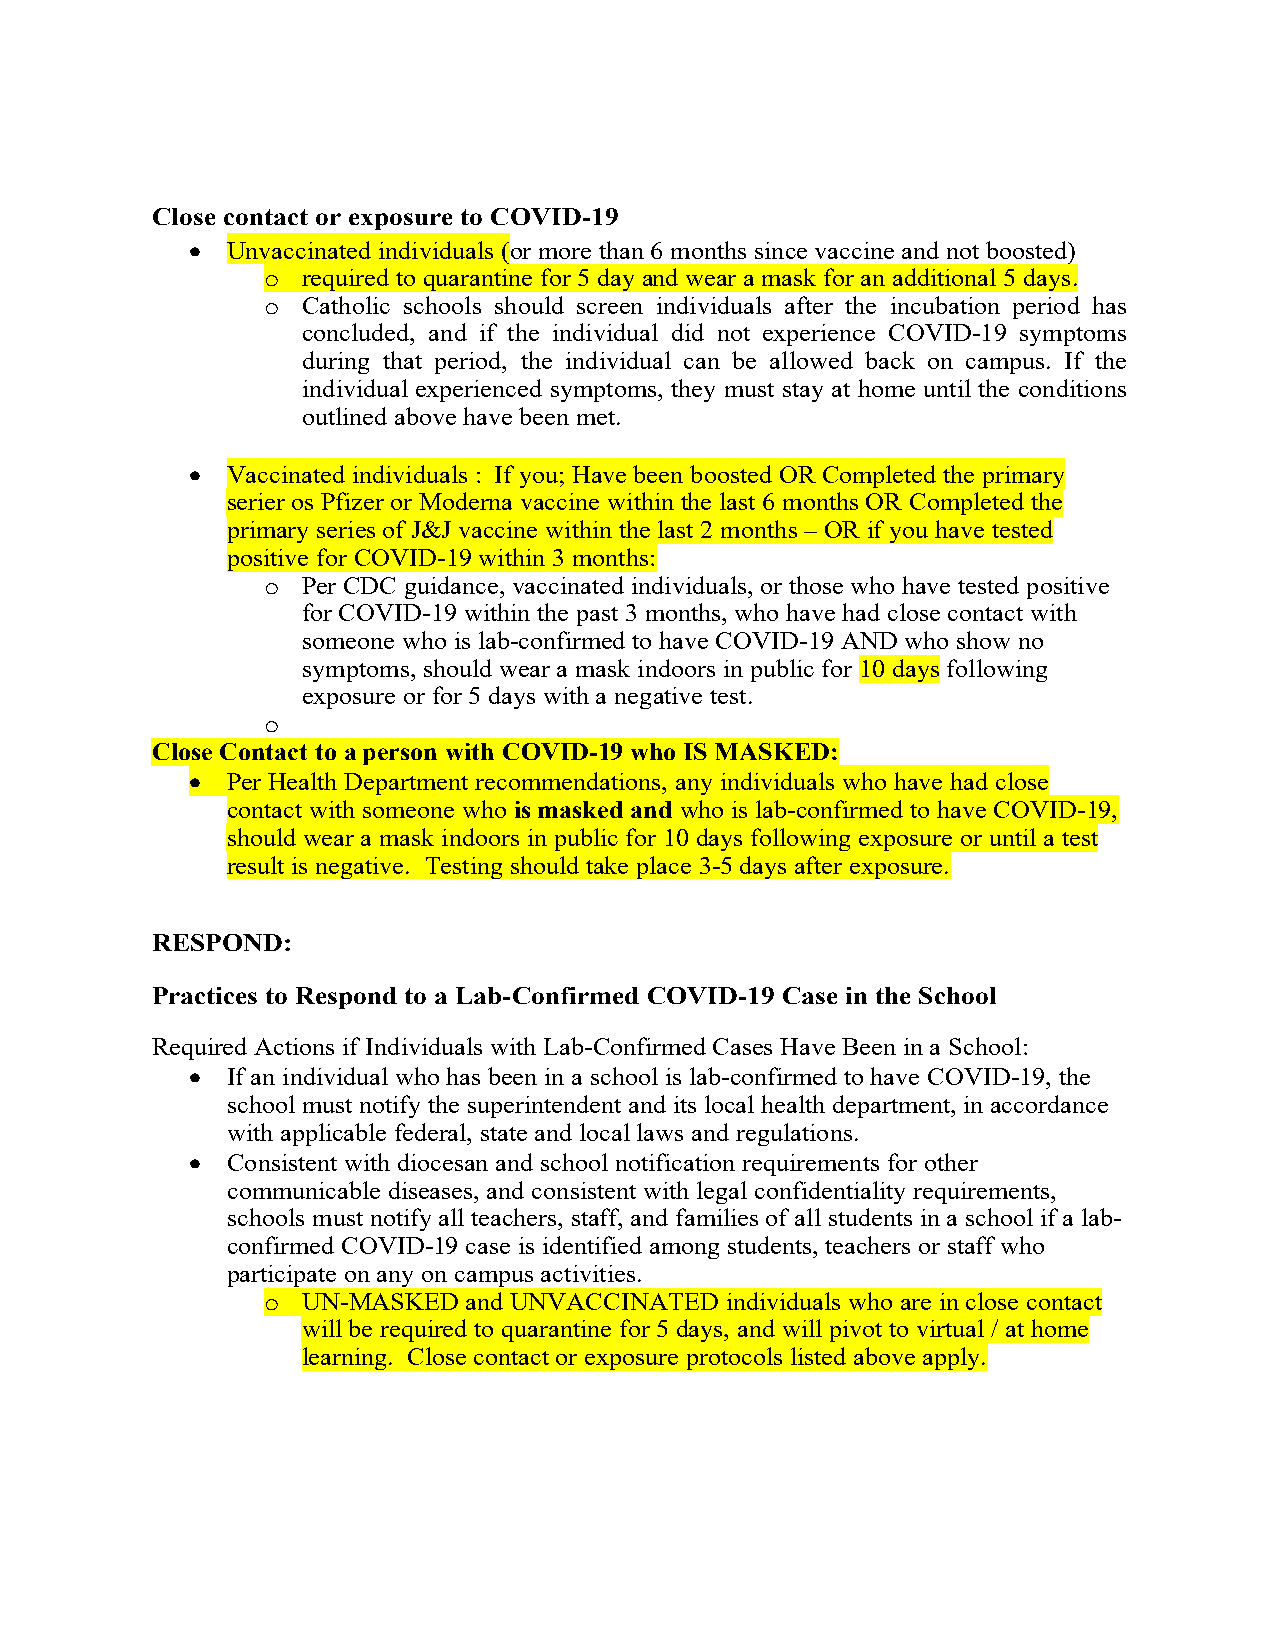
Close contact or exposure to COVID-19
 • Unvaccinated individuals (or more than 6 months since vaccine and not boosted)
 o required to quarantine for 5 day and wear a mask for an additional 5 days.
 o Catholic schools should screen individuals after the incubation period has
 concluded, and if the individual did not experience COVID-19 symptoms
 during that period, the individual can be allowed back on campus. If the
 individual experienced symptoms, they must stay at home until the conditions
 outlined above have been met.
 • Vaccinated individuals : If you; Have been boosted OR Completed the primary
 serier os Pfizer or Moderna vaccine within the last 6 months OR Completed the
 primary series of J&J vaccine within the last 2 months – OR if you have tested
 positive for COVID-19 within 3 months:
 o Per CDC guidance, vaccinated individuals, or those who have tested positive
 for COVID-19 within the past 3 months, who have had close contact with
 someone who is lab-confirmed to have COVID-19 AND who show no
 symptoms, should wear a mask indoors in public for 10 days following
 exposure or for 5 days with a negative test.
 o
 Close Contact to a person with COVID-19 who IS MASKED:
 • Per Health Department recommendations, any individuals who have had close
 contact with someone who is masked and who is lab-confirmed to have COVID-19,
 should wear a mask indoors in public for 10 days following exposure or until a test
 result is negative. Testing should take place 3-5 days after exposure.
 RESPOND:
 Practices to Respond to a Lab-Confirmed COVID-19 Case in the School
 Required Actions if Individuals with Lab-Confirmed Cases Have Been in a School:
 • If an individual who has been in a school is lab-confirmed to have COVID-19, the
 school must notify the superintendent and its local health department, in accordance
 with applicable federal, state and local laws and regulations.
 • Consistent with diocesan and school notification requirements for other
 communicable diseases, and consistent with legal confidentiality requirements,
 schools must notify all teachers, staff, and families of all students in a school if a lab-
 confirmed COVID-19 case is identified among students, teachers or staff who
 participate on any on campus activities.
 o UN-MASKED  and UNVACCINATED individuals who are in close contact
 will be required to quarantine for 5 days, and will pivot to virtual / at home
 learning. Close contact or exposure protocols listed above apply.